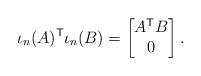
LaTeX: \begin{align*}\iota_n(A)^\mathsf{T} \iota_n(B)=\begin{bmatrix}A^\mathsf{T} B \\0\end{bmatrix}.\end{align*}